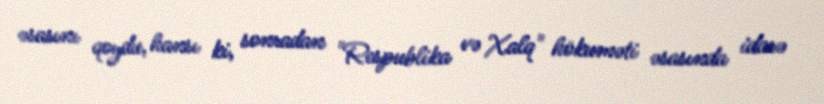
əsasını qoydu, hansı ki, sonradan "Respublika və Xalq" hökuməti əsasında idarə